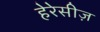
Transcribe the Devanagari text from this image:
हेरेसीज़